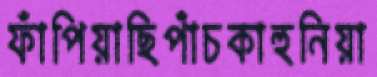
ফাঁপিয়াছিপাঁচকাহুনিয়া